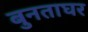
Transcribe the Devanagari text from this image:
बुनताघर